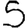
Digit: 5